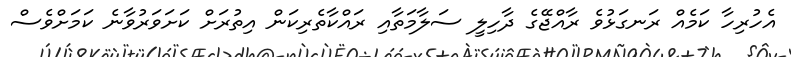
އެހުރިހާ ކަމެއް ރަނގަޅުވެ ރާއްޖޭގެ ދާހިލީ ސަލާމަތާއި ރައްކާތެރިކަން އިތުރަށް ކަށަަވަރުވާނެ ކަމަށްވެސް